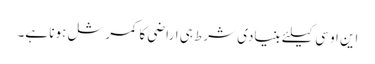
این او سی کیلئے بنیادی شرط ہی اراضی کا کمرشل ہونا ہے۔